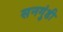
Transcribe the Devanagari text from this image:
सनगुंडी